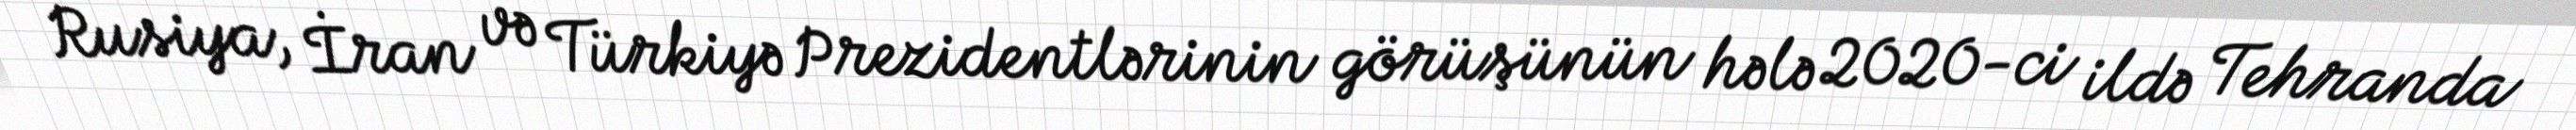
Rusiya, İran və Türkiyə Prezidentlərinin görüşünün hələ 2020-ci ildə Tehranda